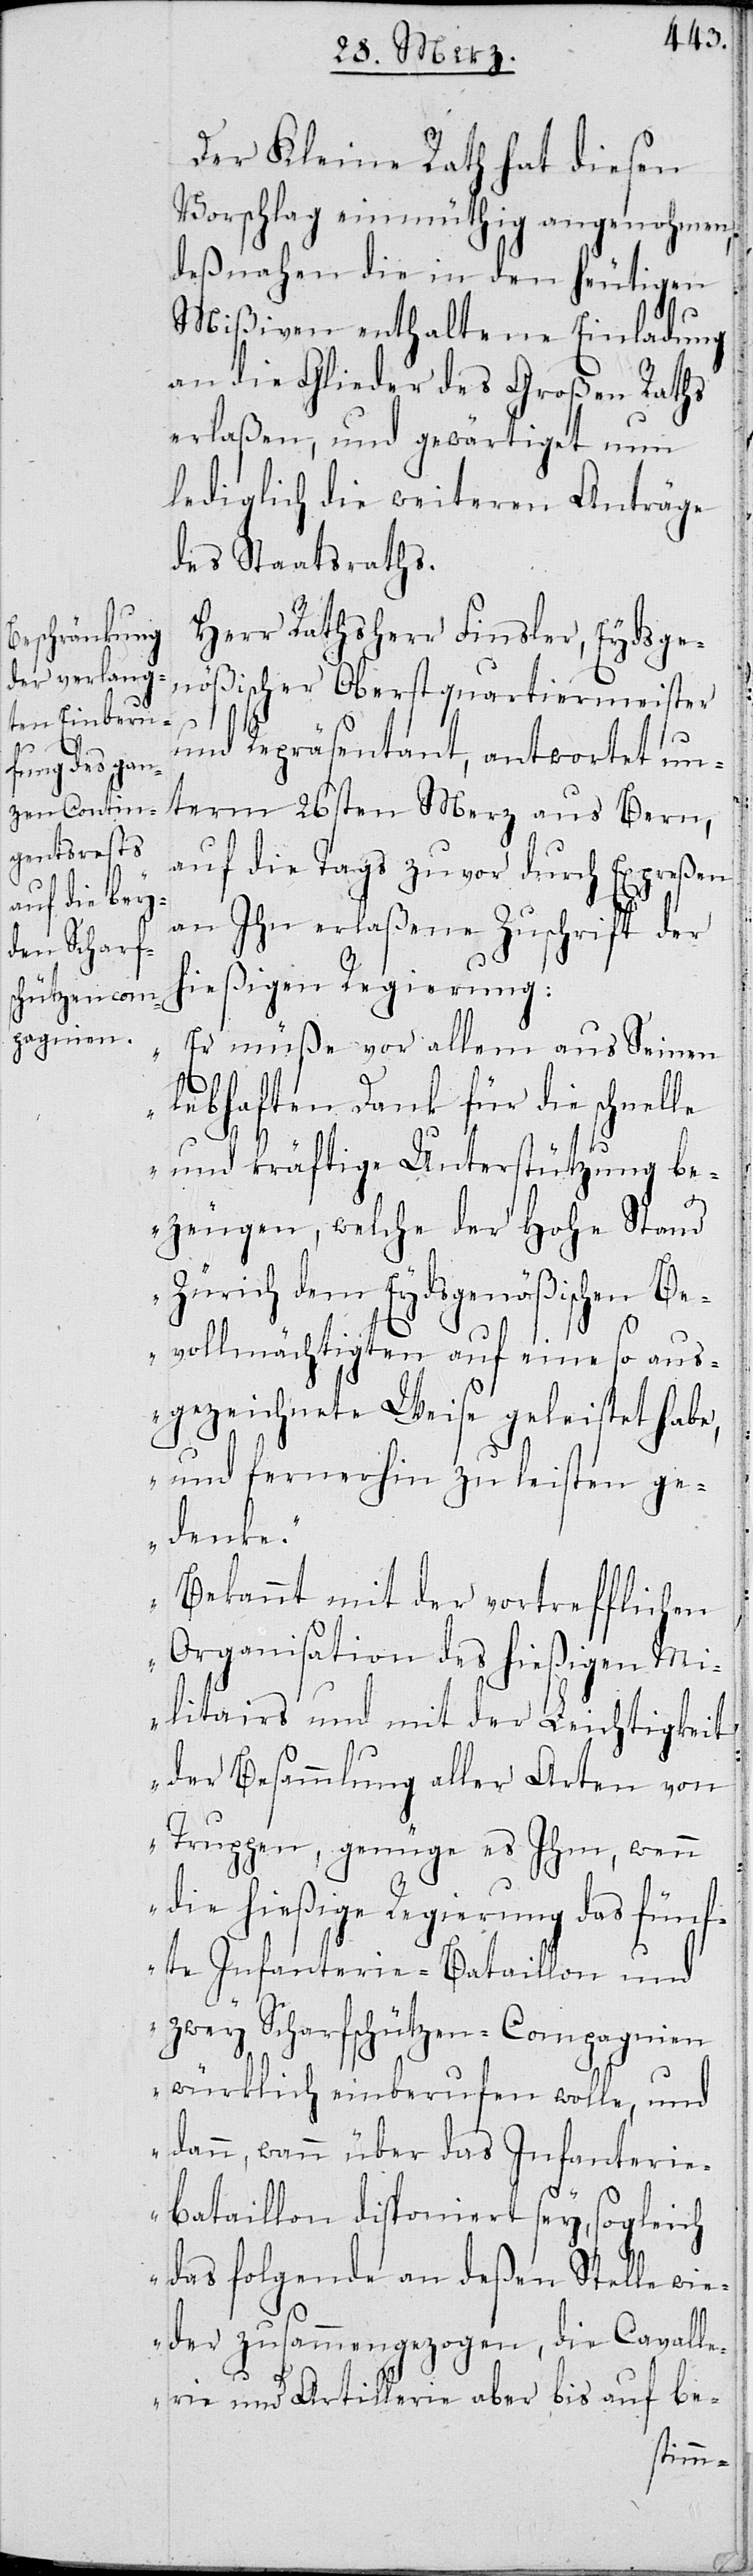
Der Kleine Rath hat diesen
Vorschlag einmüthig angenohmen,
deßnahen die in den heutigen
Mißiven enthaltene Einladung
an die Glieder des Großen Raths
erlaßen, und gewärtiget nun
lediglich die weiteren Anträge
des Staatsraths.
Herr Rathsherr Finsler, Eydsge¬
nößischer Oberstquartiermeister
und Repräsentant, antwortet un¬
term 26sten Merz aus Bern,
auf die Tags zuvor durch Expreßen
an Ihn erlaßene Zuschrift der
hießigen Regierung:
„Er müße vor allem aus Seinem
lebhaften Dank für die schnelle
und kräftige Unterstützung be¬
zeugen, welche der Hohe Stand
Zürich dem Eydsgenößischen Be¬
vollmächtigten auf eine so aus¬
gezeichnete Weise geleistet habe,
und fernerhin zu leisten ge¬
denke.
Bekannt mit der vortrefflichen
Organisation des hießigen Mi¬
litairs und mit der Leichtigkeit
der Besammlung aller Arten von
Truppen, genüge es ihm, wenn
die hießige Regierung das fünf¬
te Infanterie-Bataillon und
zwey Scharfschützen-Compagnien
würklich einberufen wolle, und
dann, wann über das Infanterie¬
bataillon disponiert sey, sogleich
das folgende an deßen Stelle wi¬
eder zusammengezogen, die Cavalle¬
rie und Artillerie aber bis auf be-